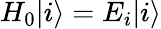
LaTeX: H_{0}|i\rangle=E_{i}|i\rangle